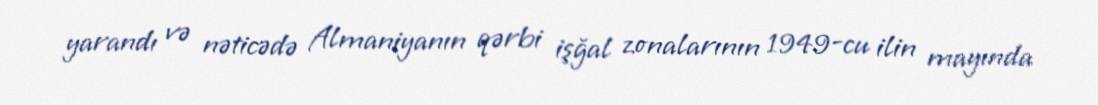
yarandı və nəticədə Almaniyanın qərbi işğal zonalarının 1949-cu ilin mayında